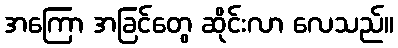
အကြော အခြင်တွေ ဆိုင်းလာ လေသည်။